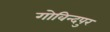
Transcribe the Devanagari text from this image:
गोविन्‍दपुर